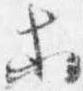
等